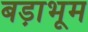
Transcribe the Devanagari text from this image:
बड़ाभूम